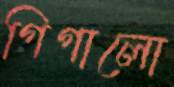
গিগালো